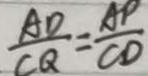
\frac { A D } { C Q } = \frac { A P } { C D }